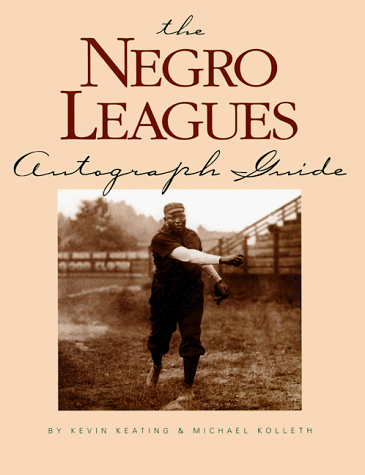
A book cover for The Negro Leagues Autograph Guide; Kevin Keating; Crafts, Hobbies & Home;